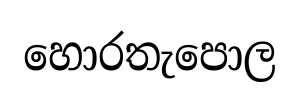
හොරතැපොල